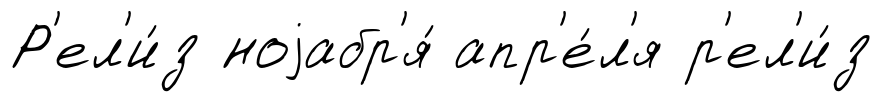
Р'ел'и́з ноjабр'я́ апр'е́л'я р'ел'и́з